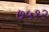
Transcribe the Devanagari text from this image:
७५१२